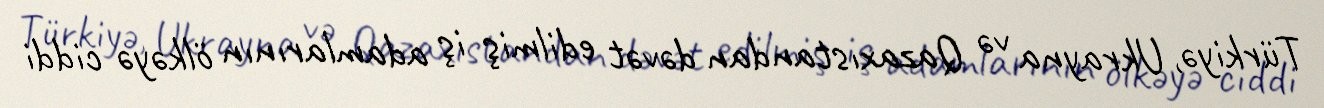
Türkiyə, Ukrayna və Qazaxıstandan dəvət edilmiş iş adamlarının ölkəyə ciddi